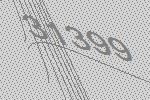
31399